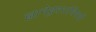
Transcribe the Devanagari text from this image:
ज्ञानेश्र्वरांविषयी